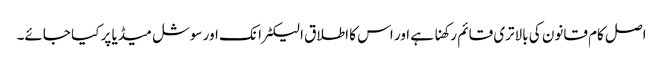
اصل کام قانون کی بالاتری قائم رکھنا ہے اور اس کا اطلاق الیکٹرانک اور سوشل میڈیا پر کیا جائے۔